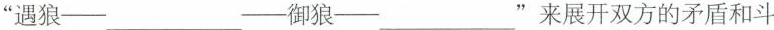
”遇狼—___—御狼—___”来展开双方的矛盾和斗